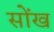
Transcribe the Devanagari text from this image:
सोंख